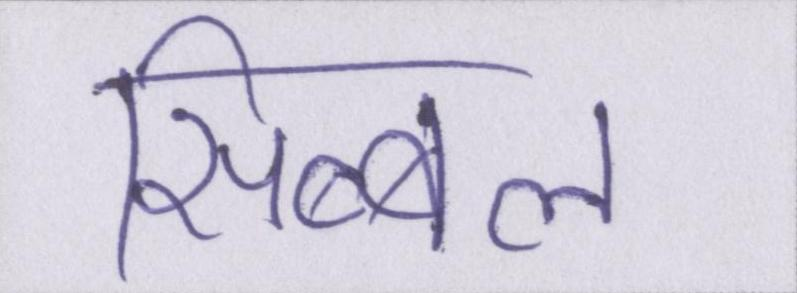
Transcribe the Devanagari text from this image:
सिब्बल